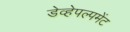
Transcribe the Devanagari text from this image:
डेव्हेपल्पमेंट